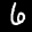
Label: 6